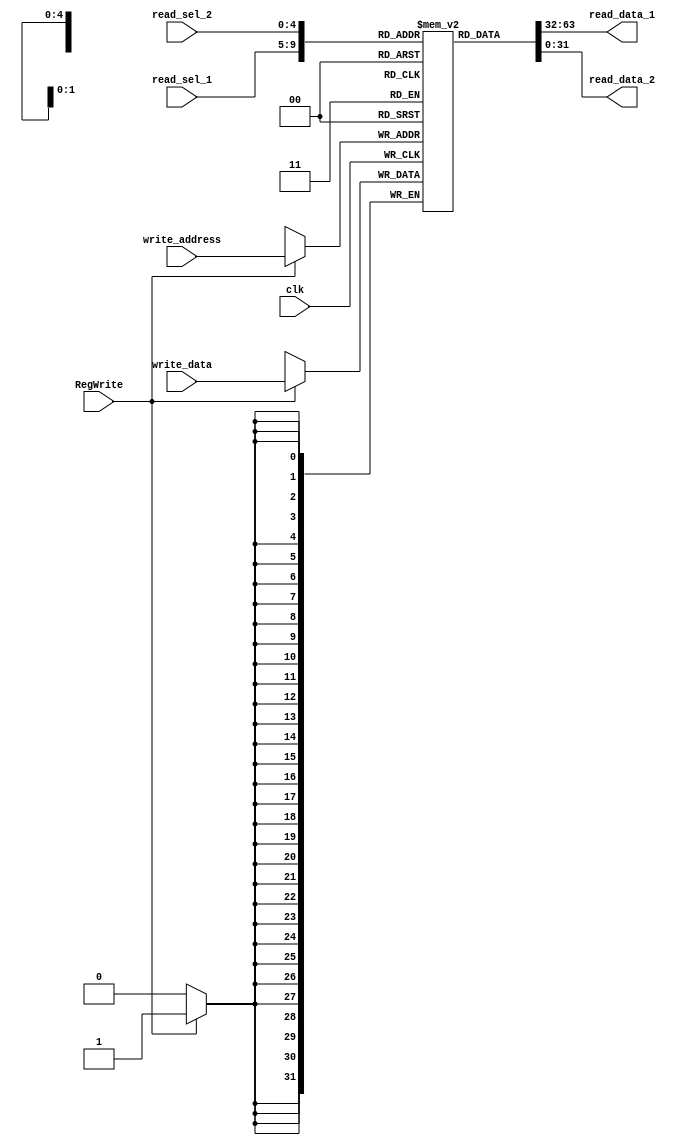
module nbit_register_file(
								  write_data, 
                          read_data_1, 
								  read_data_2, 
                          read_sel_1, 
								  read_sel_2, 
                          write_address, 
								  RegWrite, 
								  clk
								  );
                          
    parameter data_width = 32;
	 
	 
    parameter select_width = 5; 						  // do not specify this when using module
	 parameter select_width_2 = 2**select_width;   // do not specify this when using module
                          
    input                                       clk, RegWrite;
    input           [data_width-1:0]            write_data;
    input           [select_width-1:0]          read_sel_1, read_sel_2, write_address;
    output		     [data_width-1:0]            read_data_1, read_data_2;
    
    reg             [data_width-1:0]            register_file [0:select_width_2-1];

	 assign		read_data_1 = register_file[read_sel_1];
	 assign		read_data_2 = register_file[read_sel_2];

    
    always @ (posedge clk) begin
        if (RegWrite) 
            register_file[write_address] <= write_data;
    end
	 
	 // for loop initializes all registers, no need to rst
    integer i;
    initial begin
        for (i = 0; i < select_width_2; i = i + 1) begin 
            register_file[i] = 10*i;
        end     
    end

endmodule